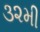
૩૨મી